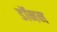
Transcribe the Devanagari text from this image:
डॉनन